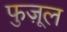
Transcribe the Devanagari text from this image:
फुज़ूल